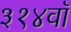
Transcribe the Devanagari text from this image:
३१४वॉ